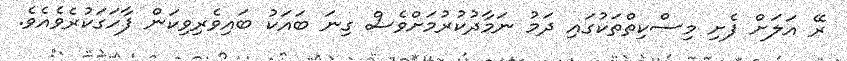
ރޭ އަލަށް ފެށި މިސްކިތްތަކުގައި ދަމު ނަމާދުކުރުމަށްވެސް ގިނަ ބައަކު ބައިވެރިވިކަން ފާހަގަކުރެވެއެވެ.